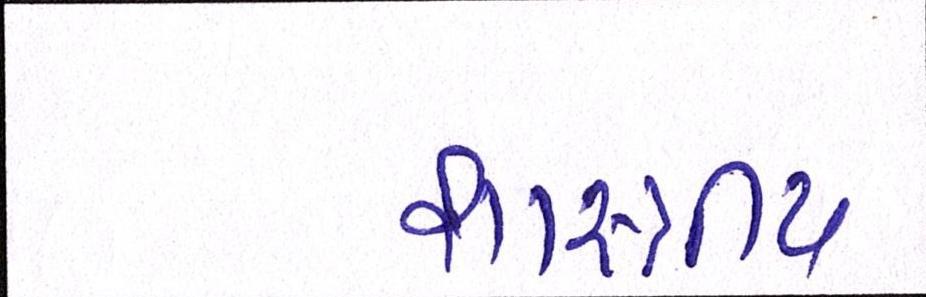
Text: શાસ્ત્રીય